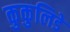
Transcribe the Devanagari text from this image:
कुकुलिडे